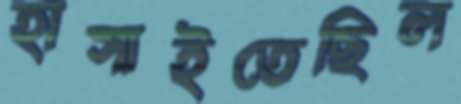
হাসাইতেছিল